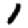
Digit: 1